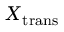
X _ { \mathrm { { t r a n s } } }